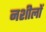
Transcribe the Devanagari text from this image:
नशीलों